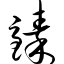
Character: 臻